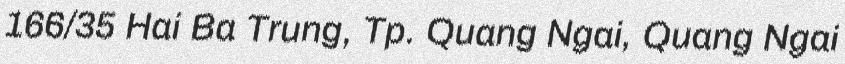
166/35 Hai Ba Trung, Tp. Quang Ngai, Quang Ngai